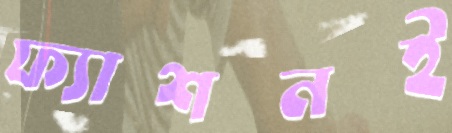
ফ্যাশনই